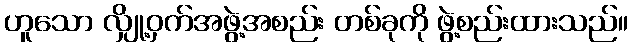
ဟူသော လျှို့ဝှက်အဖွဲ့အစည်း တစ်ခုကို ဖွဲ့စည်းထားသည်။